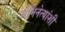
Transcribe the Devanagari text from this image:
अभिनेत्यांशी